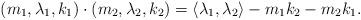
LaTeX: \begin{align*}(m_{1}, \lambda_{1}, k_{1}) \cdot (m_{2}, \lambda_{2}, k_{2})= \langle \lambda_{1}, \lambda_{2} \rangle - m_{1}k_{2} - m_{2}k_{1}. \end{align*}